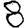
Digit: 8